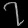
Digit: ၇